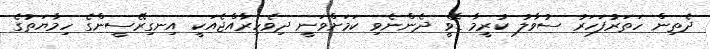
ދެތިން ހަތަރުފަހަރު ސުވާލު ކުރީމާ ޑޭވީ ދެންނެވި ކަމަށްވަނީ ދިވެހިރާއްޖެއަކީ އިނގިރޭސީންގެ ހިމާޔަތުގެ